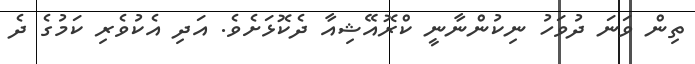
ތިން ވަނަ ދުވަހު ނިކުންނާނީ ކްރޮއޭޝިއާ ދެކޮޅަށެވެ. އަދި އެކުވެރި ކަމުގެ ދެ